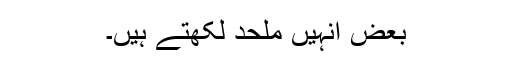
بعض انہیں ملحد لکھتے ہیں۔